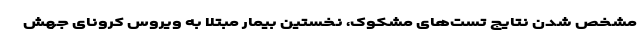
مشخص شدن نتایج تست‌های مشکوک، نخستین بیمار مبتلا به ویروس کرونای جهش